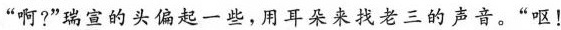
“啊?”瑞宣的头偏起一些,用耳朵来找老三的声音。“呕!